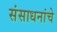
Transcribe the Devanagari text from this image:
संसाधनांचे